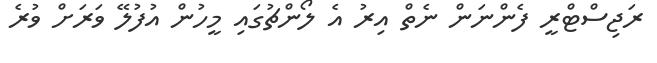
ރަޖިސްޓްރީ ފެންނަން ނެތް އިރު އެ ލޯންޗުގައި މީހުން އުފުލޭ ވަރަށް ވުރެ